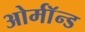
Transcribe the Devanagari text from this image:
ओर्मॉन्ड